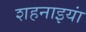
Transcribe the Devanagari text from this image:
शहनाइयां